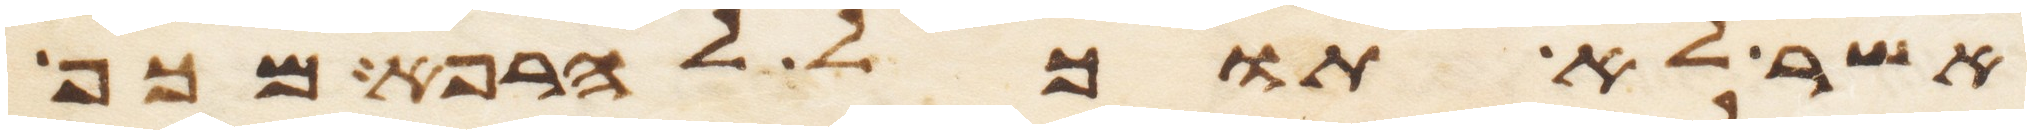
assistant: אשר לא תוכל להרפא מכף